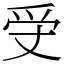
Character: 𤓾